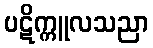
ပဋိက္ကူလသညာ